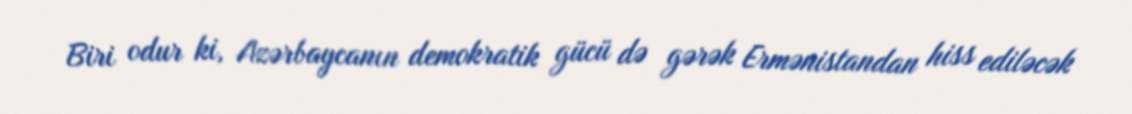
Biri odur ki, Azərbaycanın demokratik gücü də gərək Ermənistandan hiss ediləcək